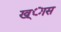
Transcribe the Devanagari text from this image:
ख्ास